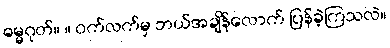
ဓမ္မဂုတ်။ ။ ဝက်လက်မှ ဘယ်အချိန်လောက် ပြန်ခဲ့ကြသလဲ။